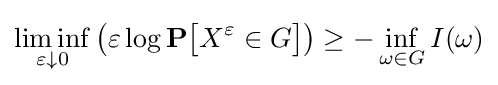
\liminf _{\varepsilon \downarrow 0}{\big (}\varepsilon \log \mathbf {P} {\big [}X^{\varepsilon }\in G{\big ]}{\big )}\geq -\inf _{\omega \in G}I(\omega )